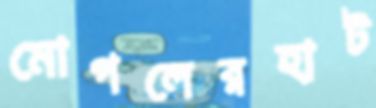
মোগলেরহাট